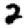
Digit: 2